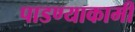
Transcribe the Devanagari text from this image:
पाडण्याकामी